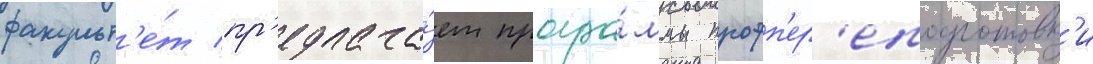
факульт'е́т пр'едлага́ет програ́ммы профп'ер'еподготовк'и